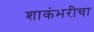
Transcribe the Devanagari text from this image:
शाकंभरीचा